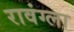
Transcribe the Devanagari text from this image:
रावंग्ला